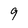
Character: 9